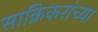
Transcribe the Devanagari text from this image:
साक्रिकरांच्या